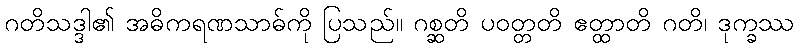
ဂတိသဒ္ဒါ၏ အဓိကရဏသာဓ်ကို ပြသည်။ ဂစ္ဆတိ ပဝတ္တတိ ဧတ္ထာတိ ဂတိ၊ ဒုက္ခဿ